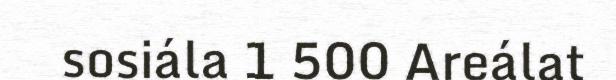
sosiála 1 500 Areálat